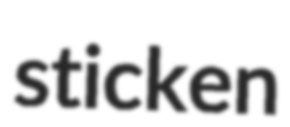
sticken